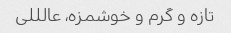
تازه و گرم و خوشمزه، عالللی